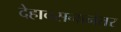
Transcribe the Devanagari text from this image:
देहावसनानंतर